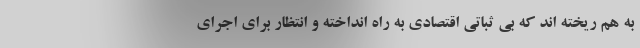
به هم ریخته اند که بی ثباتی اقتصادی به راه انداخته و انتظار برای اجرای